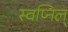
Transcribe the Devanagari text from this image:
स्वप्निल्